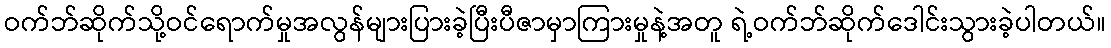
ဝက်ဘ်ဆိုက်သို့ဝင်ရောက်မှုအလွန်များပြားခဲ့ပြီးပီဇာမှာကြားမှုနဲ့အတူ ရဲ့ဝက်ဘ်ဆိုက်ဒေါင်းသွားခဲ့ပါတယ်။